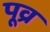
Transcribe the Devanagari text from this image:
पूव्र